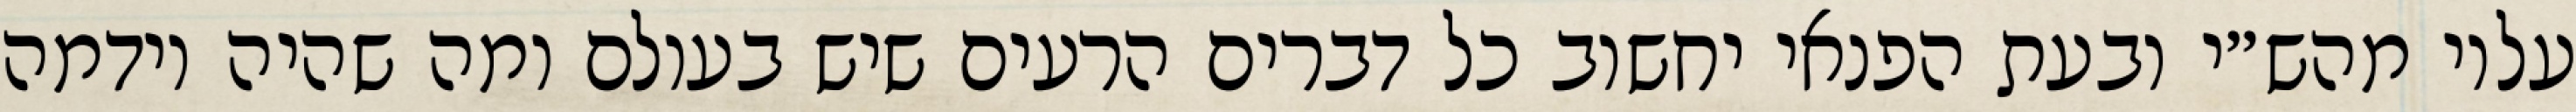
עליו מהש״י ובעת הפנאי יחשוב כל דברים הרעים שיש בעולם ומה שהיה וידמה